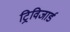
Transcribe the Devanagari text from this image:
ट्रिविजार्ड